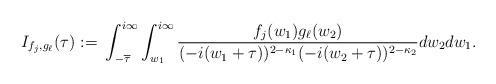
LaTeX: \begin{align*}I_{f_j,g_\ell}(\tau):=&\ \int_{-\overline{\tau}}^{i\infty}\int_{w_1}^{i\infty} \frac{f_j(w_1)g_\ell(w_2)}{(-i(w_1+\tau))^{2-\kappa_1}(-i(w_2+\tau))^{2-\kappa_2}}dw_2dw_1.\end{align*}